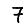
Digit: 7